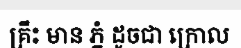
គ្រឹះ មាន ភ្នំ ដូចជា ក្រោល